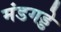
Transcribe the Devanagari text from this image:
मंडगड्डे